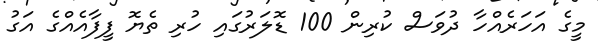
މީގެ އަހަރެއްހާ ދުވަސް ކުރިން 100 ޑޮލަރުގައި ހުރި ތެޔޮ ފީފާއެއްގެ އަގު